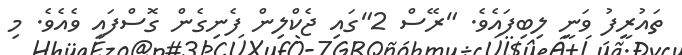
ތައުރީފު ވަނީ ލިބިފައެވެ. "ރޭސް 2"ގައި ޖެކްލިން ފެނިގެން ގޮސްފައި ވެއެވެ. މި